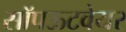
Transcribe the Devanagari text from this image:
सॉपऊटवेयर